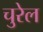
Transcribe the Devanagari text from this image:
चुरेल